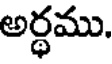
అర్ధము.